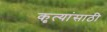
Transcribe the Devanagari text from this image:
कृत्यांसाठी